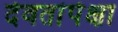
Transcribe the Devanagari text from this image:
देवतांपेक्षा